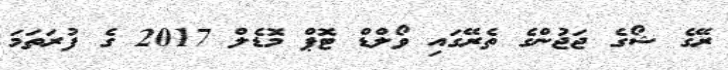
ރޭގެ ޝޯގެ ޖަޖުންގެ ތެރޭގައި ވޯލްޑް ޓޮޕް މޮޑެލް 2017 ގެ ފުރަތަމަ